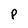
Character: P